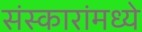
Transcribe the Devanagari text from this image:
संस्कारांमध्ये